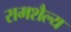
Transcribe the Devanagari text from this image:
रामशैल्य